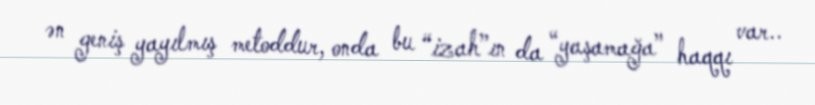
ən geniş yayılmış metoddur, onda bu “izah”ın da “yaşamağa” haqqı var..